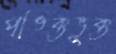
পঙিক্তভুক্ত